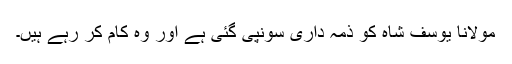
مولانا یوسف شاہ کو ذمہ داری سونپی گئی ہے اور وہ کام کر رہے ہیں۔